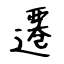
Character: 遷